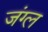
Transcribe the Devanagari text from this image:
जंग्ल